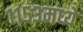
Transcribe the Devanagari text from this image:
११५३मध्ये